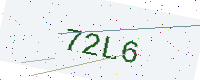
Text: 72L6